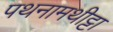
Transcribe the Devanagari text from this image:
पथनामथीट्टा